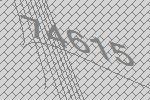
74615